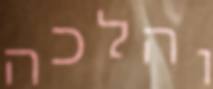
והלכה